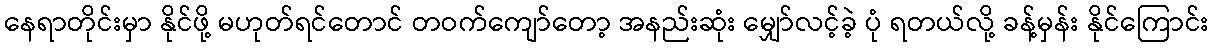
နေရာတိုင်းမှာ နိုင်ဖို့ မဟုတ်ရင်တောင် တဝက်ကျော်တော့ အနည်းဆုံး မျှော်လင့်ခဲ့ ပုံ ရတယ်လို့ ခန့်မှန်း နိုင်ကြောင်း